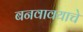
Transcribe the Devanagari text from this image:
बनवावयाचे